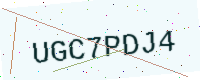
Text: UGC7PDJ4